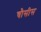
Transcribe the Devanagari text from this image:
चौसीस